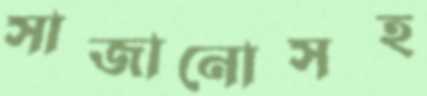
সাজানোসহ